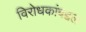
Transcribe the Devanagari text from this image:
विरोधकांबद्दल